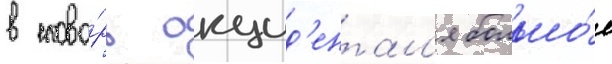
в слова́рь окцид'ентал'я большо́е